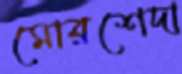
মোরশেদা